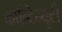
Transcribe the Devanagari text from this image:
कान्टिन्युटी